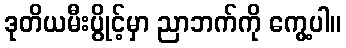
ဒုတိယမီးပွိုင့်မှာ ညာဘက်ကို ကွေ့ပါ။